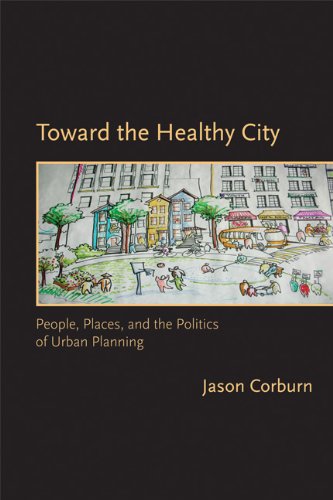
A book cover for Toward the Healthy City: People, Places, and the Politics of Urban Planning (Urban and Industrial Environments); Jason Corburn; Medical Books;